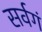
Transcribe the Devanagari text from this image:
सर्वगं